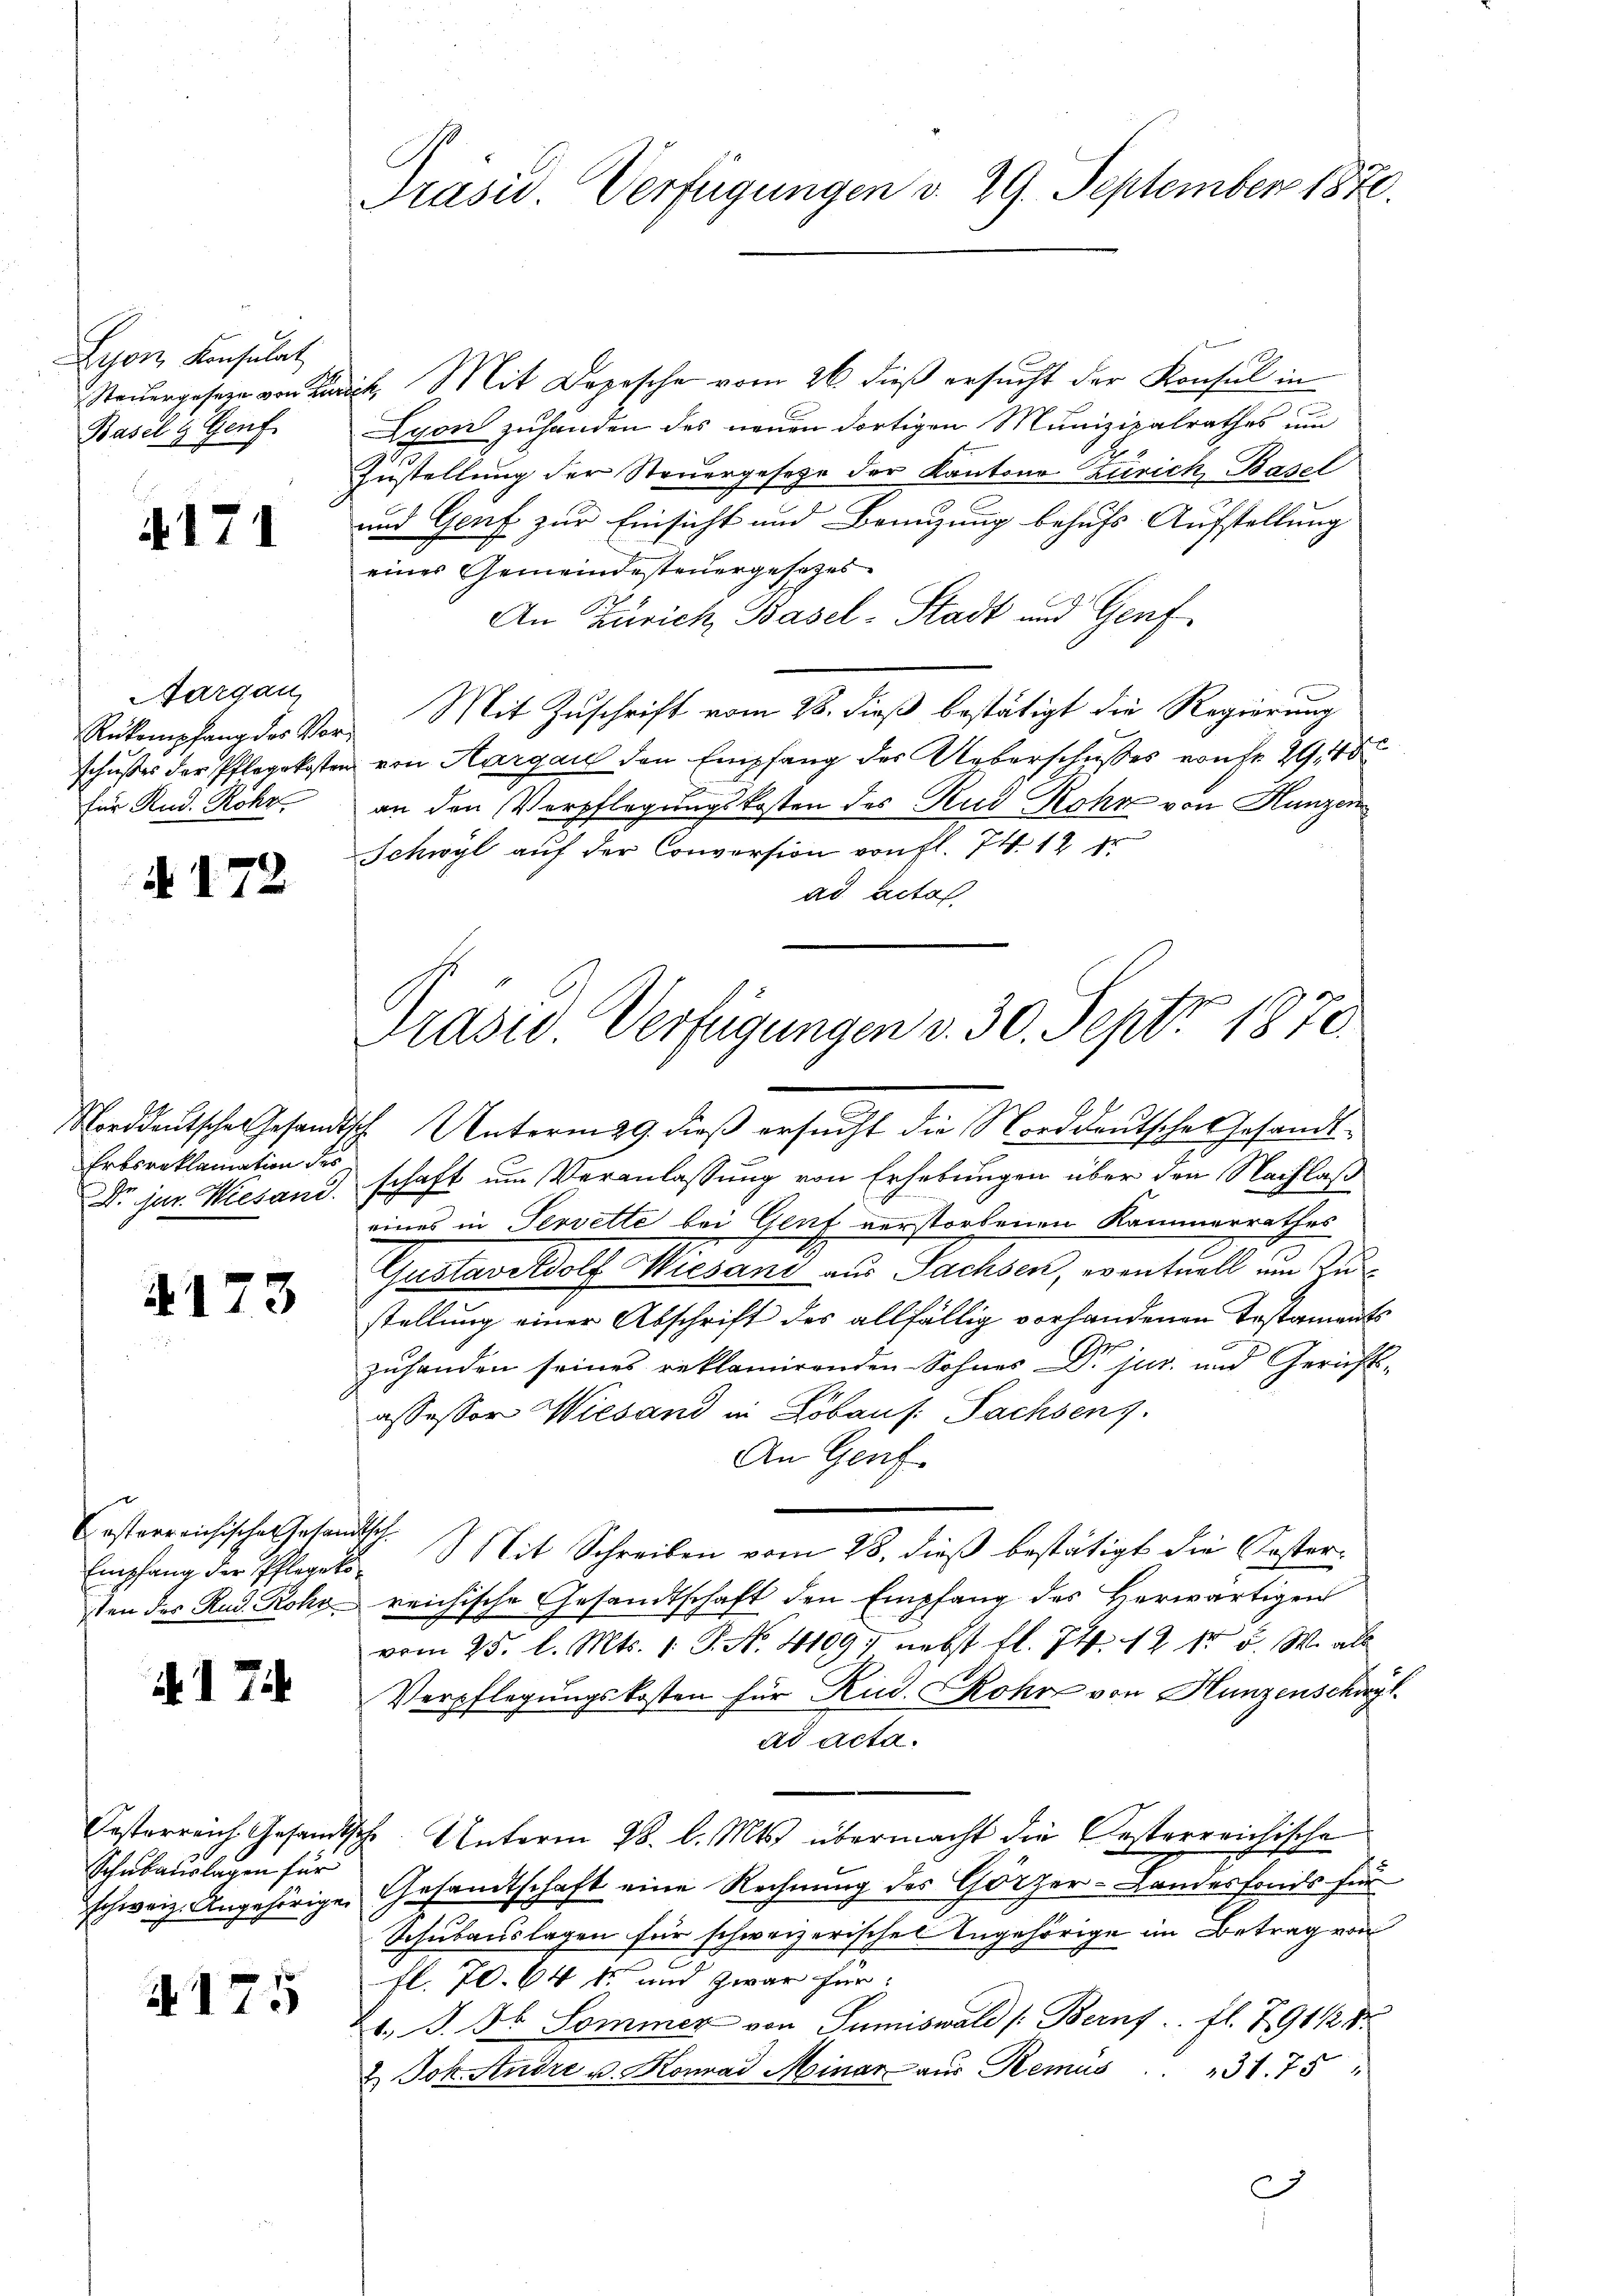
Lyon, Konsulat
Basel u Genf

4171

Aargau,
für Rud. Rohr.

§. 172

Dr. jar. Wiesand.

4173

Costerreichischen Gesandtsch-
Empfang der Pflegeko

. 17

Schulauslagen für

4175

Präsid. Verfügungen v. 29. September 1870.

Steŭergeseze von Zusick, Mit Depesche vom 26. dieß ersucht der Konsul in
Lyon zuhanden des neuen dortigen Munizipalrathes um
.
Zustellung der Steuergesetze der Kantons Zürich Basel
und Genf zur Einsicht und Benuzung behufs Aufstellung
eines Gemeindesteuergesetzes
An Zürich, Basel-Stadt und Genf
Rükempfang der Vor- Mit Zuschrift vom 28. dieß bestätigt die Regierung
schußes der Pflegekosten von Aargau den Empfang des Ueberschusses von Fr. 29. 45
e
an den Verpflegungskosten des Rud Rohr von Hunzen
Schwyl auf der Conversion von fl. 74. 12 Fr
ad Acto

Norddeutsche Gesandtsch. Unterm 29. dieß ersucht die Norddeutsche Gesandt¬
Erbsanklamation der schaft um Veranlassung von Erhebungen über den Nachlaß
eines in Tervette bei Genf verstorbenen Kammerrathes
Gustavrkdolf Wiesand aus Fachsen, eventuell im Zustellung einer Abschrift des allfällig vorhandenen Testaments
zuhanden seines reklamirenden Sohnes DDr. jur. und Gericht-
assessor Wiesand in Lobaus: Pachsens.
An Genf.
Mit Schreiben vom 28. dieß bestätigt die Kostersten des Rad. Rohy reichische Gesandtschaft den Empfang des Herwärtigen
m
vom 25. l. Mts. 1. P. N. 41097 nebst fl. 74. 12 No 5. W. als
Verpflegungskosten für Rud. Rohr von Hunzenschwyt
ad acta.
Oesterreich Gesandtsche Unterm 28. l. Mts. übermacht die Oesterreichische
schweiz. Angehörige Gesandtschaft eine Rechnung des Götzer-Landesfonds für
Schulauslagen für schweizerisches Angehörige im Betrag von
fl. 70. 64 kr und zwar für
1. J. Jb. Sommer von Sumiswald [Beruf fl. 791 1/2 8
& Joh. Andre u. Konrad Minar aus Remus . . 31. 75 "
C

Präsid Verfügungen v. 30. Sept. 1870.